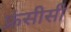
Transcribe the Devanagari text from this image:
फ्रंसीसी